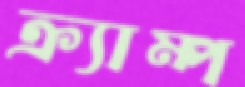
ক্র্যাম্প